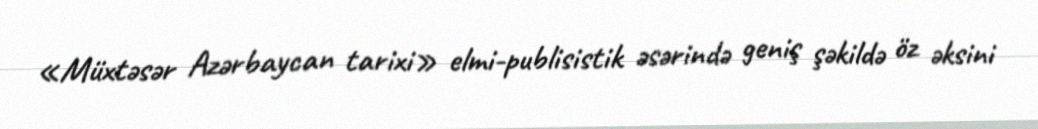
«Müxtəsər Azərbaycan tarixi» elmi-publisistik əsərində geniş şəkildə öz əksini